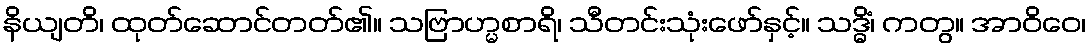
နိယျတိ၊ ထုတ်ဆောင်တတ်၏။ သဗြာဟ္မစာရိ၊ သီတင်းသုံးဖော်နှင့်။ သဒ္ဓိံ၊ ကတွ။ အာဝိဝေ၊